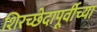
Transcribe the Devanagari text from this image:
शिरच्छेदापूर्वीच्या